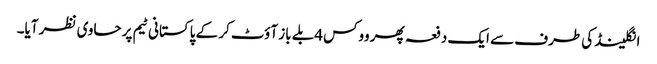
انگلینڈ کی طرف سے ایک دفعہ پھر ووکس 4بلے باز آؤٹ کر کے پاکستانی ٹیم پر حاوی نظر آیا۔